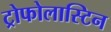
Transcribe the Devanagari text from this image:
ट्रोफोलास्टिन